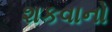
શકવાનો